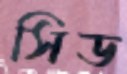
সিড